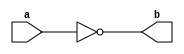
module NotGate(a,b) ;   // 1

output b ;
input a ;

nand(b,a,a) ;

endmodule 

module AndGate(a,b,c) ;  // 2 

output c ;
input a,b ;
wire x ;

nand(x,a,b);
nand(c,x,x) ;

endmodule 

module OrGate(a,b,c) ;  // 3 

output c ;
input a,b ;
wire x,y ;

nand(x,a,a) ;
nand(y,b,b) ;
nand(c,x,y) ;

endmodule

module DMux1x2(c,s,a,b) ;  // 13

output a,b ;
input s,c ;
wire s_,x1,y1,x2,y2,z ;

NotGate NG_1(s,s_) ;

AndGate AG_0(c,s_,x1) ;
AndGate AG_0_0(z,s,y1) ;
OrGate OG1(y1,x1,a) ;

AndGate AG_1(c,s,x2) ;
AndGate AG_1_0(z,s_,y2) ;
OrGate OG2(y2,x2,b) ;

endmodule 

module DMux1x4(o,s,i0,i1,i2,i3) ;			// 17

output i0,i1,i2,i3 ;
input o ;
input [1:0] s ; 
wire a,b ;

DMux1x2 D_0(o,s[1],a,b) ;
DMux1x2 D_1(a,s[0],i0,i1) ;
DMux1x2 D_2(b,s[0],i2,i3) ;

endmodule

module DMux1x8(o,s,i0,i1,i2,i3,i4,i5,i6,i7) ;		// 18
output i0,i1,i2,i3,i4,i5,i6,i7;
input o;
input [2:0] s;
wire a,b ;

DMux1x2 D_0(o,s[2],a,b) ;
DMux1x4 D_1(a,s[1:0],i0,i1,i2,i3) ;
DMux1x4 D_2(b,s[1:0],i4,i5,i6,i7) ;

endmodule